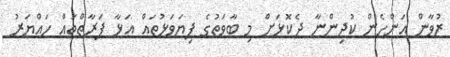
ޒުވާން އަންހެން ކުދިންނާ ދެކޮޅަށް މި ބާވަތުގެ ފިޔަވަޅުތައް އަޅާ ފަރާތްތައް ހައްޔަރު